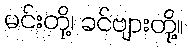
မင်းတို့၊ ခင်ဗျားတို့။